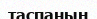
таспаның